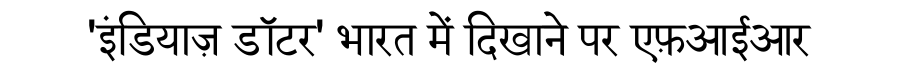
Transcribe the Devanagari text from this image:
'इंडियाज़ डॉटर' भारत में दिखाने पर एफ़आईआर